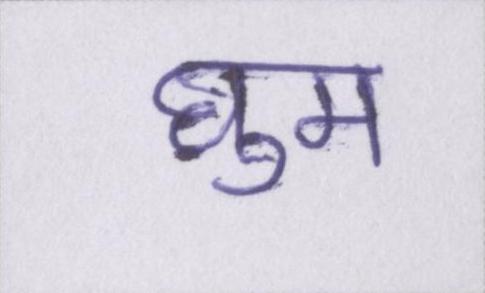
घुम